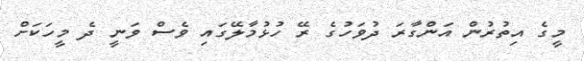
މީގެ އިތުރުން އަންގާރަ ދުވަހުގެ ރޭ ހުޅުމާލޭގައި ވެސް ވަނީ ދެ މީހަކަށް